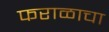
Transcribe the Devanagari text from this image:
फराळाचा